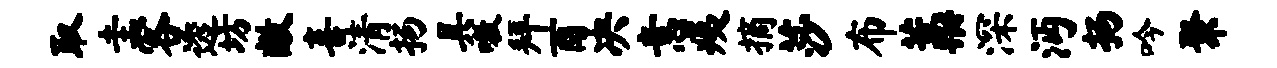
取圭客透坊敝喜清扬具嗷拜酉决意痍摘莎布藁深沔扬吟聚